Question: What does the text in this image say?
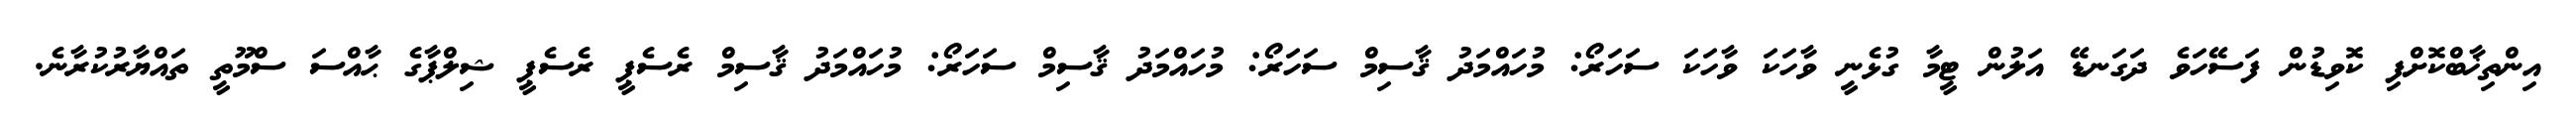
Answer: އިންތިޚާބްކޮށްފި ކޮވިޑުން ފަސޭހަވެ ދަގަނޑޭ އަލުން ޓީމާ ގުޅެނީ ވާހަކަ ވާހަކަ ސަހަރޯ: މުހައްމަދު ޤާސިމް ސަހަރޯ: މުހައްމަދު ޤާސިމް ސަހަރޯ: މުހައްމަދު ޤާސިމް ރެސެޕީ ރެސެޕީ ޝިލްޕާގެ ޙާއްސަ ސްމޫތީ ތައްޔާރުކުރާނެ.